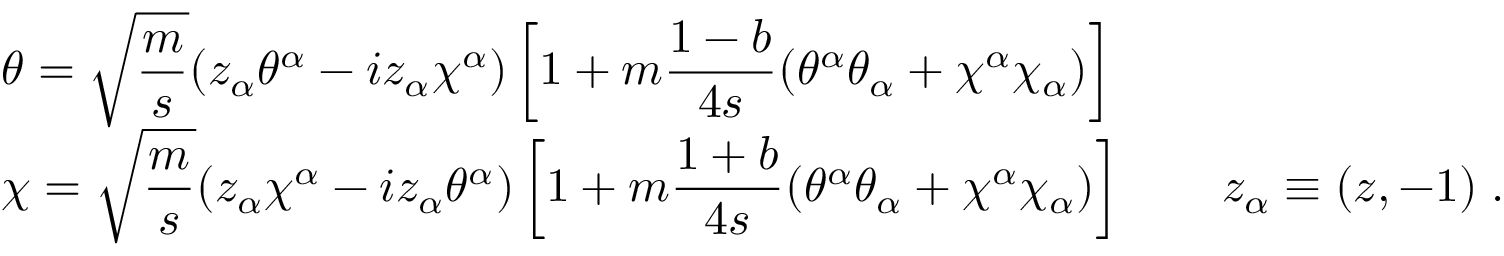
\begin{array} { l } { { \displaystyle \theta = \sqrt \frac { m } { s } ( z _ { \alpha } \theta ^ { \alpha } - i z _ { \alpha } \chi ^ { \alpha } ) \left[ 1 + m \frac { 1 - b } { 4 s } ( \theta ^ { \alpha } \theta _ { \alpha } + \chi ^ { \alpha } \chi _ { \alpha } ) \right] } } \\ { { \displaystyle \chi = \sqrt \frac { m } { s } ( z _ { \alpha } \chi ^ { \alpha } - i z _ { \alpha } \theta ^ { \alpha } ) \left[ 1 + m \frac { 1 + b } { 4 s } ( \theta ^ { \alpha } \theta _ { \alpha } + \chi ^ { \alpha } \chi _ { \alpha } ) \right] \qquad z _ { \alpha } \equiv ( z , - 1 ) \; . } } \end{array}